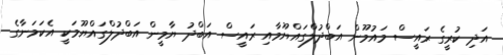
އަދި ކުރީގެ ރައީސް މައުމޫން އަބްދުލްގައްޔޫމާއި ރައީސް އަބްދު ޔާމީން އަބްދުލްގައްޔޫމަކީ އެކަމަނާގެ